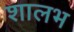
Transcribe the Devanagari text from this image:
शालभ